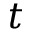
t